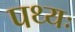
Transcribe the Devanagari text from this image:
पथ्यः